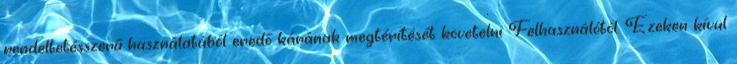
rendeltetésszerű használatából eredő kárának megtérítését követelni Felhasználótól. Ezeken kívül